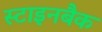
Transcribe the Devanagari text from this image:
स्टाइनबैक